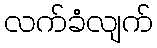
လက်ခံလျက်